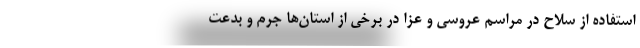
استفاده از سلاح در مراسم عروسی و عزا در برخی از استان‌ها جرم و بدعت